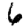
Digit: 6